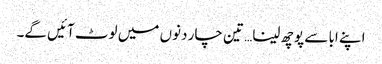
اپنے ابا سے پوچھ لینا… تین چار دنوں میں لوٹ آئیں گے۔